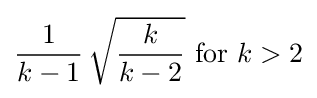
{\frac {1}{k-1}}\,{\sqrt {\frac {k}{k-2}}}{\text{ for }}k>2